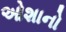
ઓશાનો